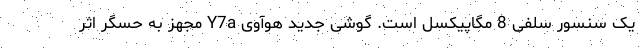
یک سنسور سلفی 8 مگاپیکسل است. گوشی جدید هوآوی Y7a مجهز به حسگر اثر